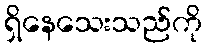
ရှိနေသေးသည်ကို